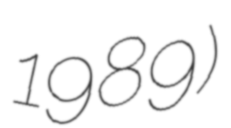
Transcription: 1989)